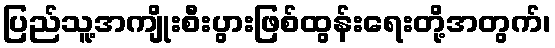
ပြည်သူ့အကျိုးစီးပွားဖြစ်ထွန်းရေးတို့အတွက်၊